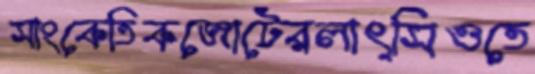
সাংকেতিকজোটেরলাৎসিওতে